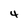
Character: 4